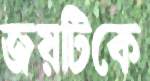
জয়টিকে